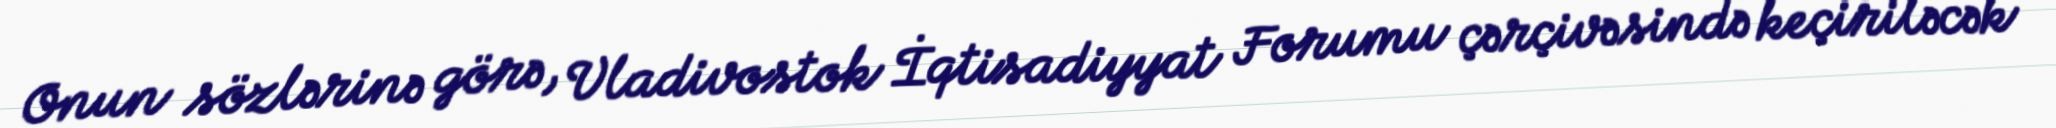
Onun sözlərinə görə, Vladivostok İqtisadiyyat Forumu çərçivəsində keçiriləcək